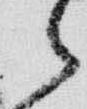
之